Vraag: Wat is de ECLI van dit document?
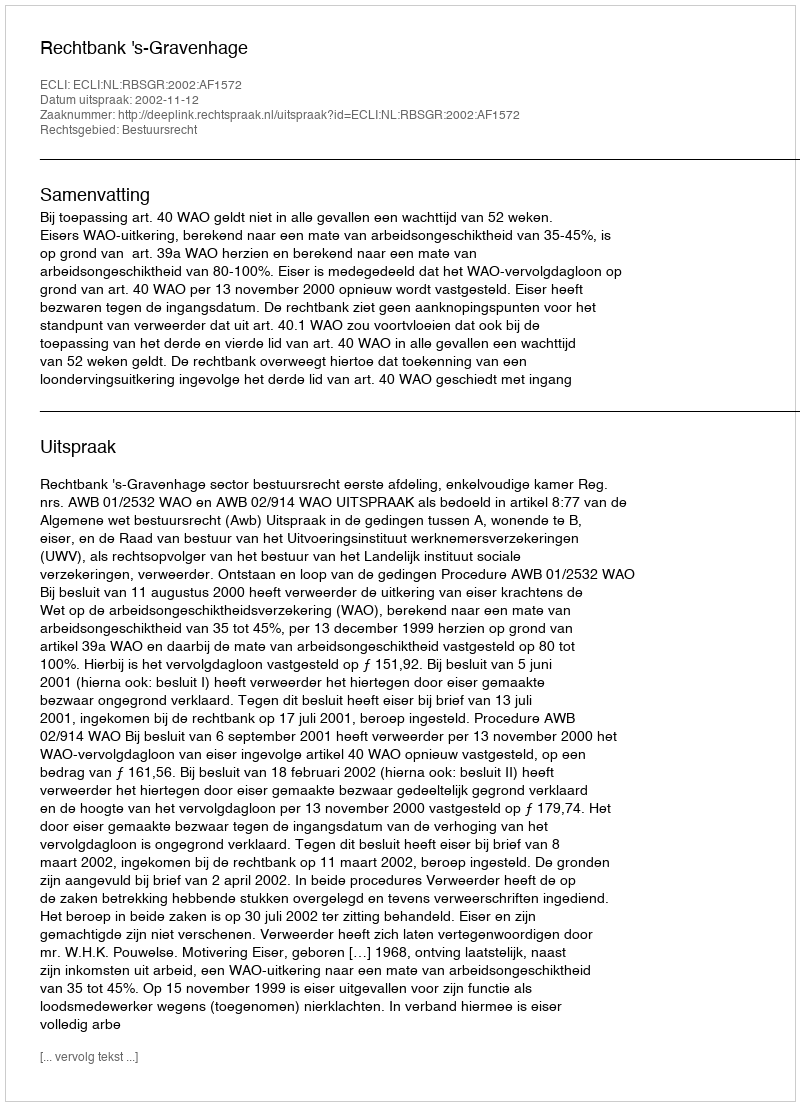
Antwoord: ECLI:NL:RBSGR:2002:AF1572